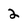
Character: 2